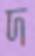
দ